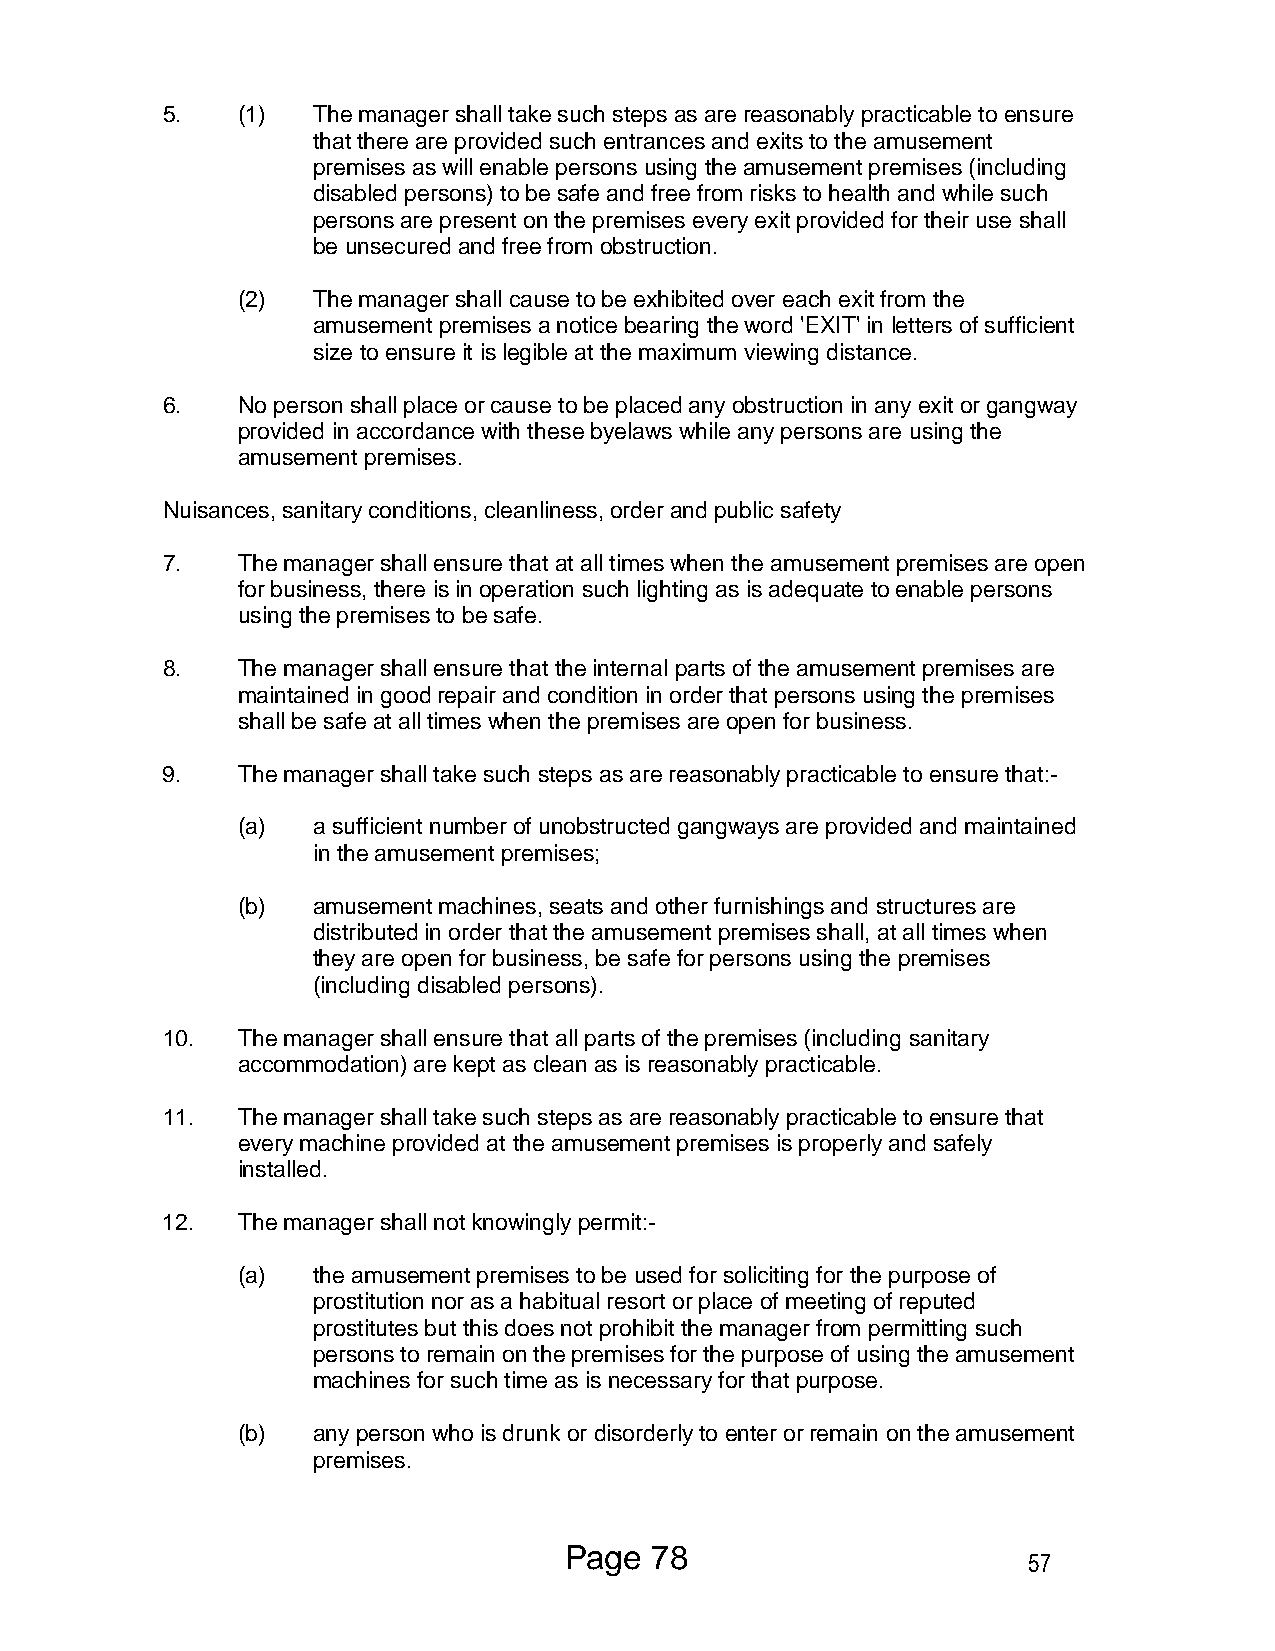
5.   (1)  The manager shall take such steps as are reasonably practicable to ensure
 that there are provided such entrances and exits to the amusement
 premises as will enable persons using the amusement premises (including
 disabled persons) to be safe and free from risks to health and while such
 persons are present on the premises every exit provided for their use shall
 be unsecured and free from obstruction.
 (2)  The manager shall cause to be exhibited over each exit from the
 amusement premises a notice bearing the word 'EXIT' in letters of sufficient
 size to ensure it is legible at the maximum viewing distance.
 6.   No person shall place or cause to be placed any obstruction in any exit or gangway
 provided in accordance with these byelaws while any persons are using the
 amusement premises.
 Nuisances, sanitary conditions, cleanliness, order and public safety
 7.   The manager shall ensure that at all times when the amusement premises are open
 for business, there is in operation such lighting as is adequate to enable persons
 using the premises to be safe.
 8.   The manager shall ensure that the internal parts of the amusement premises are
 maintained in good repair and condition in order that persons using the premises
 shall be safe at all times when the premises are open for business.
 9.   The manager shall take such steps as are reasonably practicable to ensure that:-
 (a)  a sufficient number of unobstructed gangways are provided and maintained
 in the amusement premises;
 (b)  amusement machines, seats and other furnishings and structures are
 distributed in order that the amusement premises shall, at all times when
 they are open for business, be safe for persons using the premises
 (including disabled persons).
 10.  The manager shall ensure that all parts of the premises (including sanitary
 accommodation) are kept as clean as is reasonably practicable.
 11.  The manager shall take such steps as are reasonably practicable to ensure that
 every machine provided at the amusement premises is properly and safely
 installed.
 12.  The manager shall not knowingly permit:-
 (a)  the amusement premises to be used for soliciting for the purpose of
 prostitution nor as a habitual resort or place of meeting of reputed
 prostitutes but this does not prohibit the manager from permitting such
 persons to remain on the premises for the purpose of using the amusement
 machines for such time as is necessary for that purpose.
 (b)  any person who is drunk or disorderly to enter or remain on the amusement
 premises.
 Page  78
 57